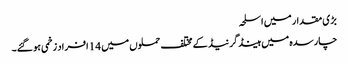
بڑی مقدار میں اسلحہ
چارسدہ میں ہینڈ گرنیڈ کے مختلف حملوں میں 14 افراد زخمی ہو گئے۔